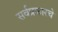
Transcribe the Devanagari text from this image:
सर्वप्रकारचे